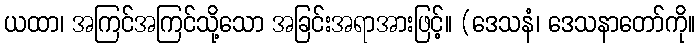
ယထာ၊ အကြင်အကြင်သို့သော အခြင်းအရာအားဖြင့်။ (ဒေသနံ၊ ဒေသနာတော်ကို။